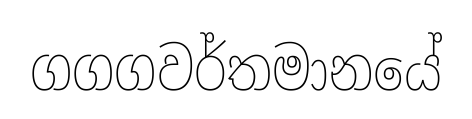
ගගගවර්තමානයේ